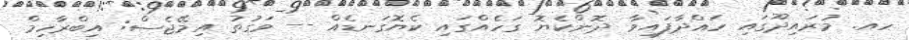
ހއ. މުރައިދޫގައި ހައްދާފައިވާ ދޮންކެޔޮ ގަހެއްގައި ކެޔޮގަނޑެއް -- ވަގުތު އިމޭޖެސް: އިބްރާހިމް